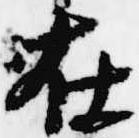
在